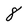
Character: 8